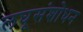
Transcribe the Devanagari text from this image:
लघूसंशोधन